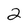
Character: 2